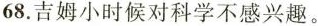
68.吉姆小时候对科学不感兴趣。